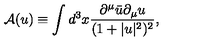
\mathrm { \cal { A } } ( u ) \equiv \int d ^ { 3 } x \frac { \partial ^ { \mu } \bar { u } \partial _ { \mu } u } { ( 1 + | u | ^ { 2 } ) ^ { 2 } } ,